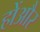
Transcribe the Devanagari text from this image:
होंऔर